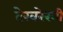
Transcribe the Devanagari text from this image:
देखरेखी